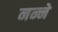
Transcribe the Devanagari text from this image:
नन्ने